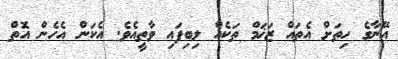
އޭނާގެ ހިތަށް އެތައް ޒަޚަމް ތަކެއް ލިބިފައި ވާތީއެވެ. އެކަން އެހެން އޮތް